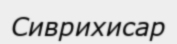
Сиврихисар